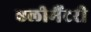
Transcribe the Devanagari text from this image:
एलीमैंटरी